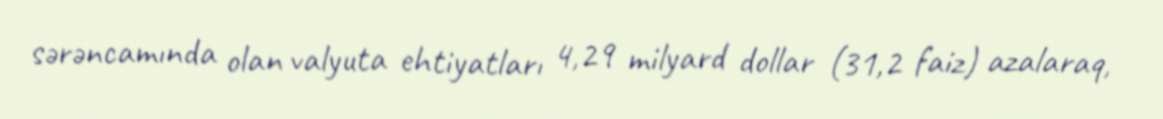
sərəncamında olan valyuta ehtiyatları 4,29 milyard dollar (31,2 faiz) azalaraq,